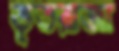
ভূতরাজা